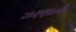
ઝરણાનો